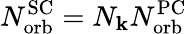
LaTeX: N_{\mathrm{orb}}^{\mathrm{SC}}=N_{\mathbf{k}}N_{\mathrm{orb}}^{\mathrm{PC}}